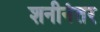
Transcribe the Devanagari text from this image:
शनीनंतर